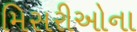
મિસરીઓના